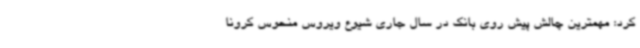
کرد: مهمترین چالش پیش روی بانک در سال جاری شیوع ویروس منحوس کرونا